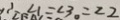
\therefore \angle 1 = \angle 3 = \angle 2